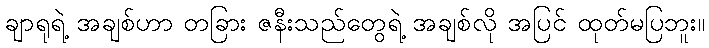
ချာရုရဲ့ အချစ်ဟာ တခြား ဇနီးသည်တွေရဲ့ အချစ်လို အပြင် ထုတ်မပြဘူး။